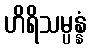
ဟိရိသမ္ပန္နံ